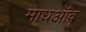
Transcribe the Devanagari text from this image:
माधऑव